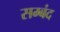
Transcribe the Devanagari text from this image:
सम्बंद